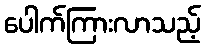
ပေါက်ကြားလာသည့်